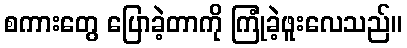
စကားတွေ ပြောခဲ့တာကို ကြုံခဲ့ဖူးလေသည်။